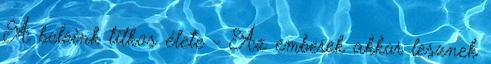
A beleink titkos élete - Az emberek akkor lesznek